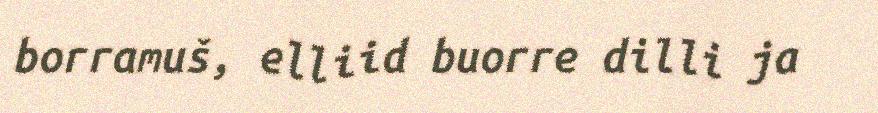
borramuš, elliid buorre dilli ja